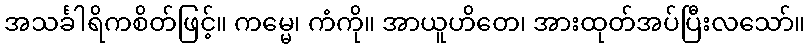
အသင်္ခါရိကစိတ်ဖြင့်။ ကမ္မေ၊ ကံကို။ အာယူဟိတေ၊ အားထုတ်အပ်ပြီးလသော်။